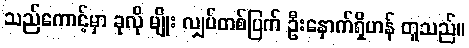
သည်ကောင့်မှာ ခုလို မျိုး လျှပ်တစ်ပြက် ဦးနှောက်ရှိဟန် တူသည်။